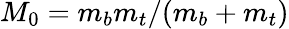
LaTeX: M_{0}=m_{b}m_{t}/(m_{b}+m_{t})